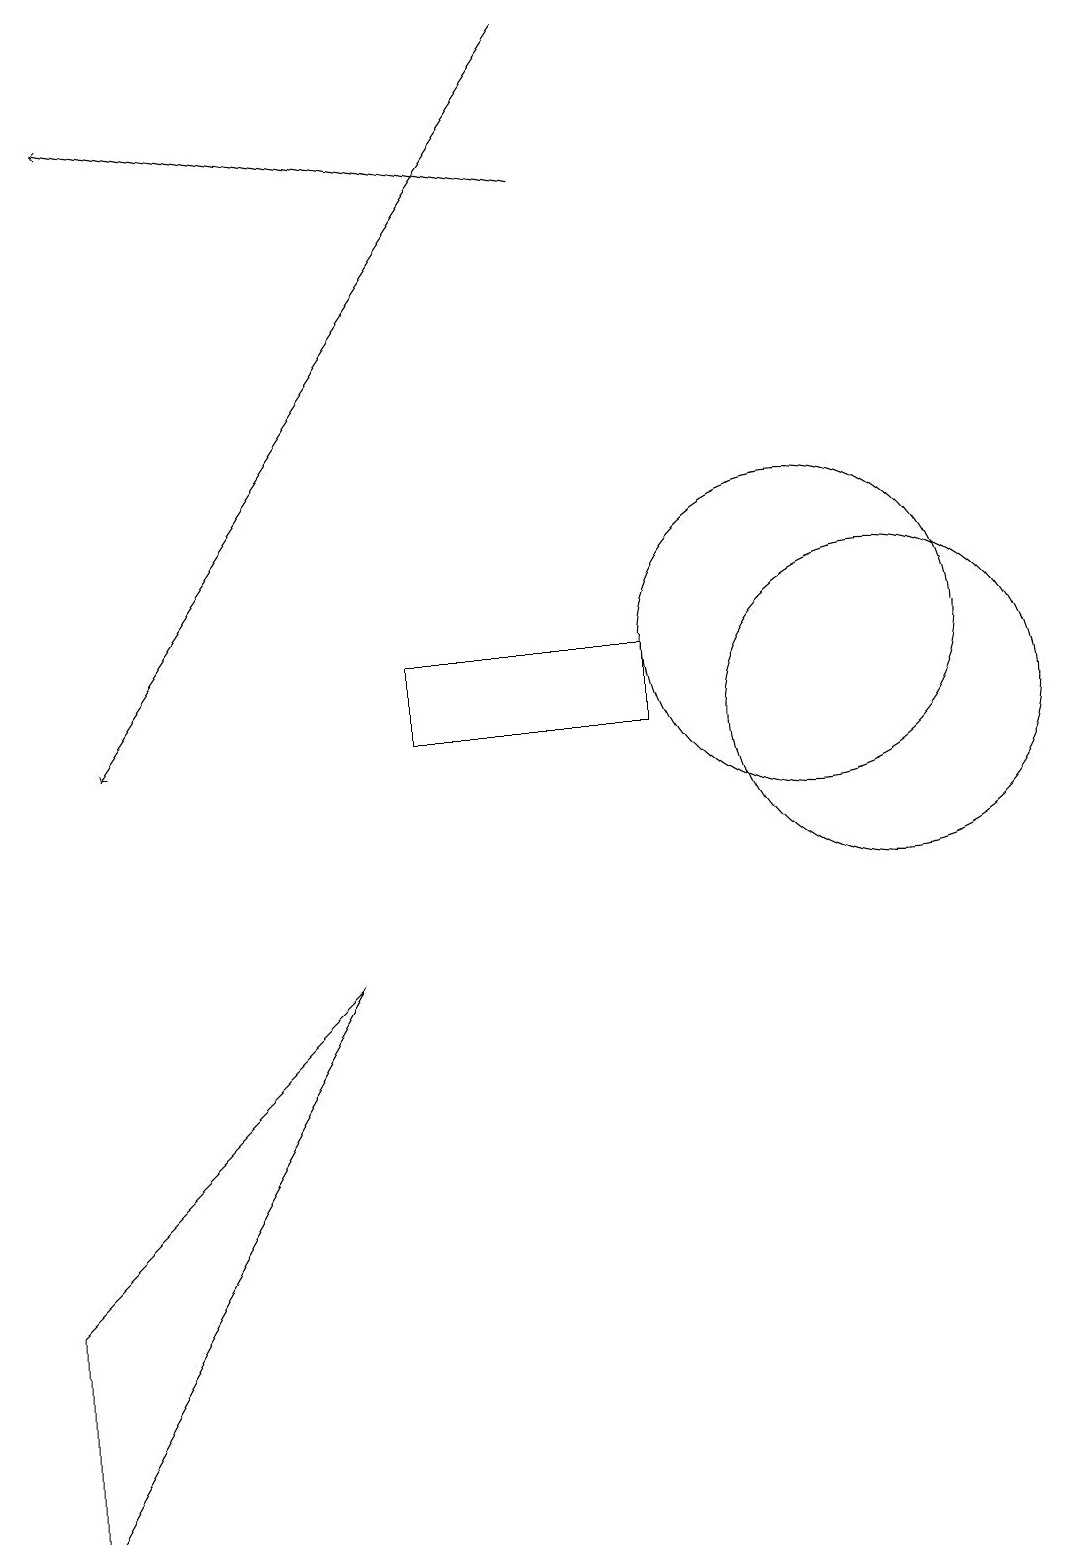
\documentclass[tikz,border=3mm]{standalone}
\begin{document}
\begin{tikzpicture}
\draw (1,3) -- (1,0) -- (5,7) -- cycle;
\draw (11,11) circle (2);
\draw[->] (8,17) -- (2,18);
\draw (6,11) rectangle (9,10);
\draw (12,10) circle (2);
\draw[->] (8,19) -- (2,10);
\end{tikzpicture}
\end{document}